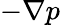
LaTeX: -\nabla p